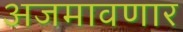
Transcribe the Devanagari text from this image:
अजमावणार